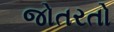
જોતરતો